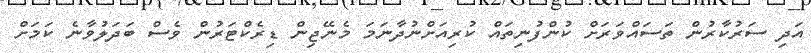
އަދި ސަރުކާރުން ތަސައްވަރަށް ކުންފުނިތައް ކުރިއަށްނުދާނަމަ މެނޭޖިން ޑިރެކްޓަރުން ވެސް ބަދަލުވާނެ ކަމަށް